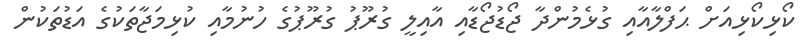
ކޯޅިކޯޅިއަށް ޙަފްލާއާއި ގުޅެމުންދާ ޖޯޑުޖޯޑާއި އާއިލީ ގުރޫޕު ގުރޫޕުގެ ހުނުމާއި ކުޅިމަޖާތަކުގެ އަޑުތަކުން